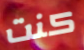
كنت